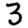
Digit: 3